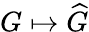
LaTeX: G\mapsto{\widehat{G}}